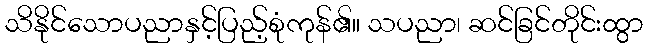
သိနိုင်သောပညာနှင့်ပြည့်စုံကုန်၏။ သပညာ၊ ဆင်ခြင်တိုင်းထွာ